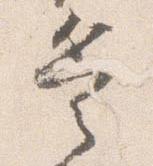
兵